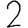
Digit: 2